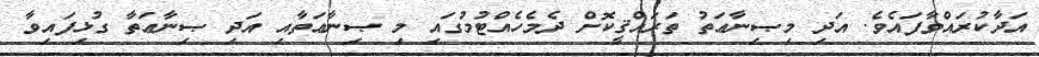
އަދާކުރައްވާފައެވެ. އަދި މިޞިނާޢަތު ތަރައްޤީކޮށް ދެމެހެއްޓުމުގައި މި ޞިނާޢަތާއި އަދި ޞިނާޢަތާ ގުޅިފައިވާ